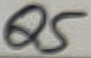
Text: Q5